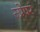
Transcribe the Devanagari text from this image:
स्प्रेषर